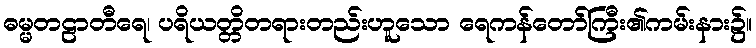
ဓမ္မတဠာတီရေ၊ ပရိယတ္တိတရားတည်းဟူသော ရေကန်တော်ကြီး၏ကမ်းနား၌။